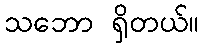
သဘော ရှိတယ်။